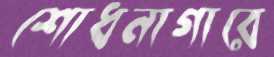
শোধনাগারে